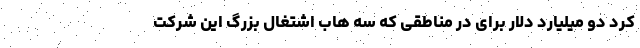
کرد دو میلیارد دلار برای در مناطقی که سه هاب اشتغال بزرگ این شرکت